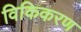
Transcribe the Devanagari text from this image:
विकिकरण